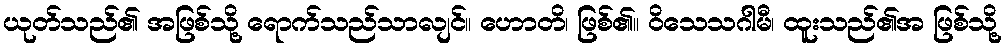
ယုတ်သည်၏ အဖြစ်သို့ ရောက်သည်သာလျင်။ ဟောတိ၊ ဖြစ်၏။ ဝိသေသဂါမီ၊ ထူးသည်၏အ ဖြစ်သို့